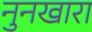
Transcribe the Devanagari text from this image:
नुनखारा